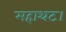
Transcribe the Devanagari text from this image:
महाथट।